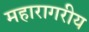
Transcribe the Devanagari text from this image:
महारागरीय